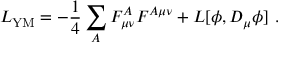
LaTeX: { \cal L } _ { \mathrm { Y M } } = - \frac { 1 } { 4 } \sum _ { A } F _ { \mu \nu } ^ { A } F ^ { A \mu \nu } + { \cal L } [ \phi , D _ { \mu } \phi ] ~ .